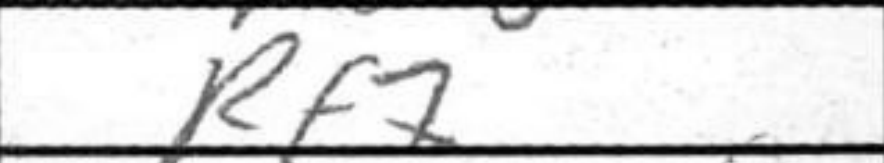
Transcription: Rf7